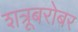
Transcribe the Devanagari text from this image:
शत्रूबरोबर